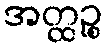
အတ္ထဉ္စ